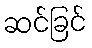
ဆင်ခြင်